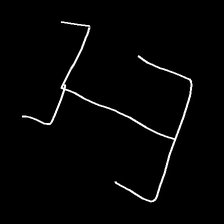
Glyph: entwine